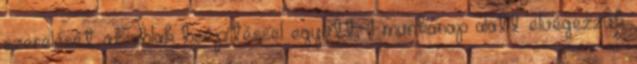
szerelését az ablak beépítéssel együtt, 1 munkanap alatt elvégezzük